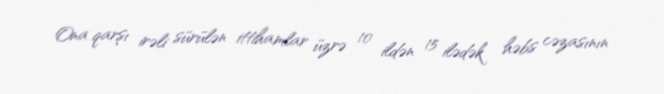
Ona qarşı irəli sürülən ittihamlar üzrə 10 ildən 15 ilədək həbs cəzasının